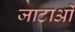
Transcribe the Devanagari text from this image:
जाटाओं